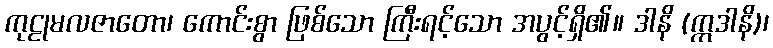
ကုဠုမလဇာတော၊ ကောင်းစွာ ဖြစ်သော ကြီးရင့်သော အပွင့်ရှိ၏။ ဒါနိ (ဣဒါနိ)၊